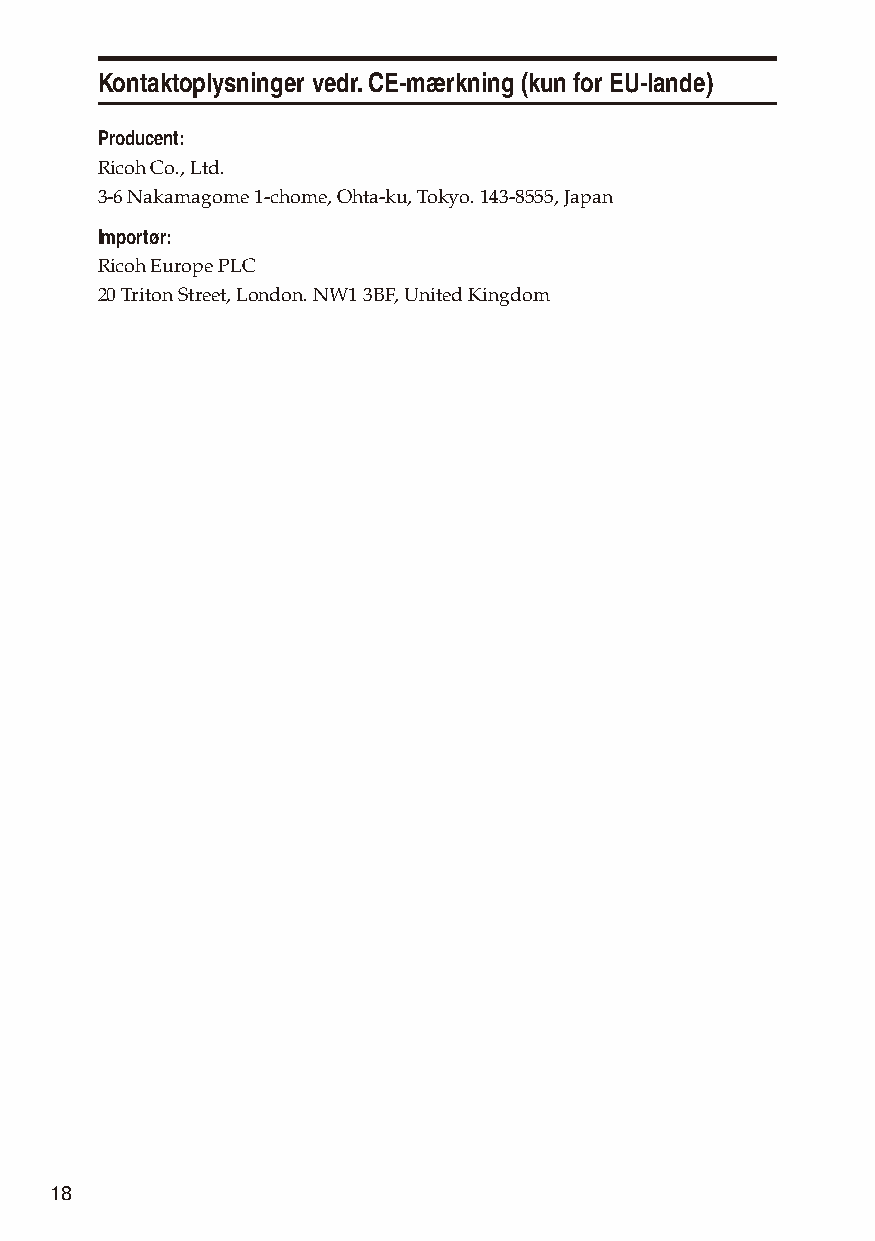
Kontaktoplysninger vedr. CE-mærkning (kun for EU-lande)
 Producent:
 Ricoh Co., Ltd.
 3-6 Nakamagome 1-chome, Ohta-ku, Tokyo. 143-8555, Japan
 Importør:
 Ricoh Europe PLC
 20 Triton Street, London. NW1 3BF, United Kingdom
 18